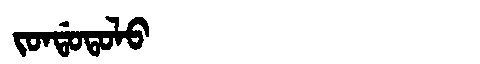
Manchu: ᠵᠣᠨᡩᠣᡨᠣᠯᠣ
Romanization: JONDOTOLO